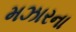
મઝારના